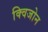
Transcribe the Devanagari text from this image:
क्विजोन